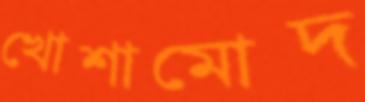
খোশামোদ